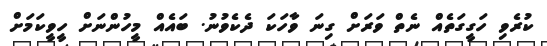
ކުރެވި ހަގީގަތެއް ނެތް ވަރަށް ގިނަ ވާހަކަ ދެކެވުނު. ބައެއް މީހުންނަށް ހީވީކަމަށް